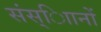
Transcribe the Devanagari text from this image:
संस्ािानों